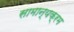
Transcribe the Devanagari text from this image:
सामान्यक्रम